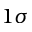
1 \sigma